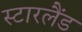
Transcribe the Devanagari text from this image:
स्टारलैंड